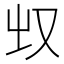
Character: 𰆲